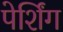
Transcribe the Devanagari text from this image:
पेर्शिंग